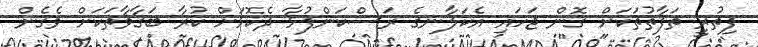
ފިތުރީ ތަފާތުތަކަށް ގޮން ޖަހައި އެކަލާނގެ ރަސްކަންފުޅާ ދެކޮޅަށް ކުރާ ބަގާވާތަކަށް ވެގެން